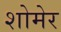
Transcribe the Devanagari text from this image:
शोमेर